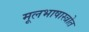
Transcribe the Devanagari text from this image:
मूलभाषास्त्रोत